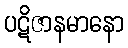
ပဋိဇာနမာနော